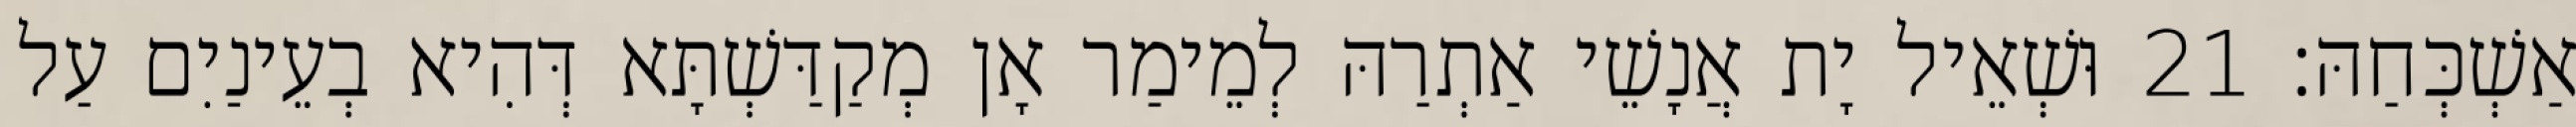
אַשְׁכְּחַהּ׃ 21 וּשְׁאֵיל יָת אֲנָשֵׁי אַתְרַהּ לְמֵימַר אָן מְקַדַּשְׁתָּא דְּהִיא בְעֵינַיִם עַל